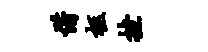
惜柩挫